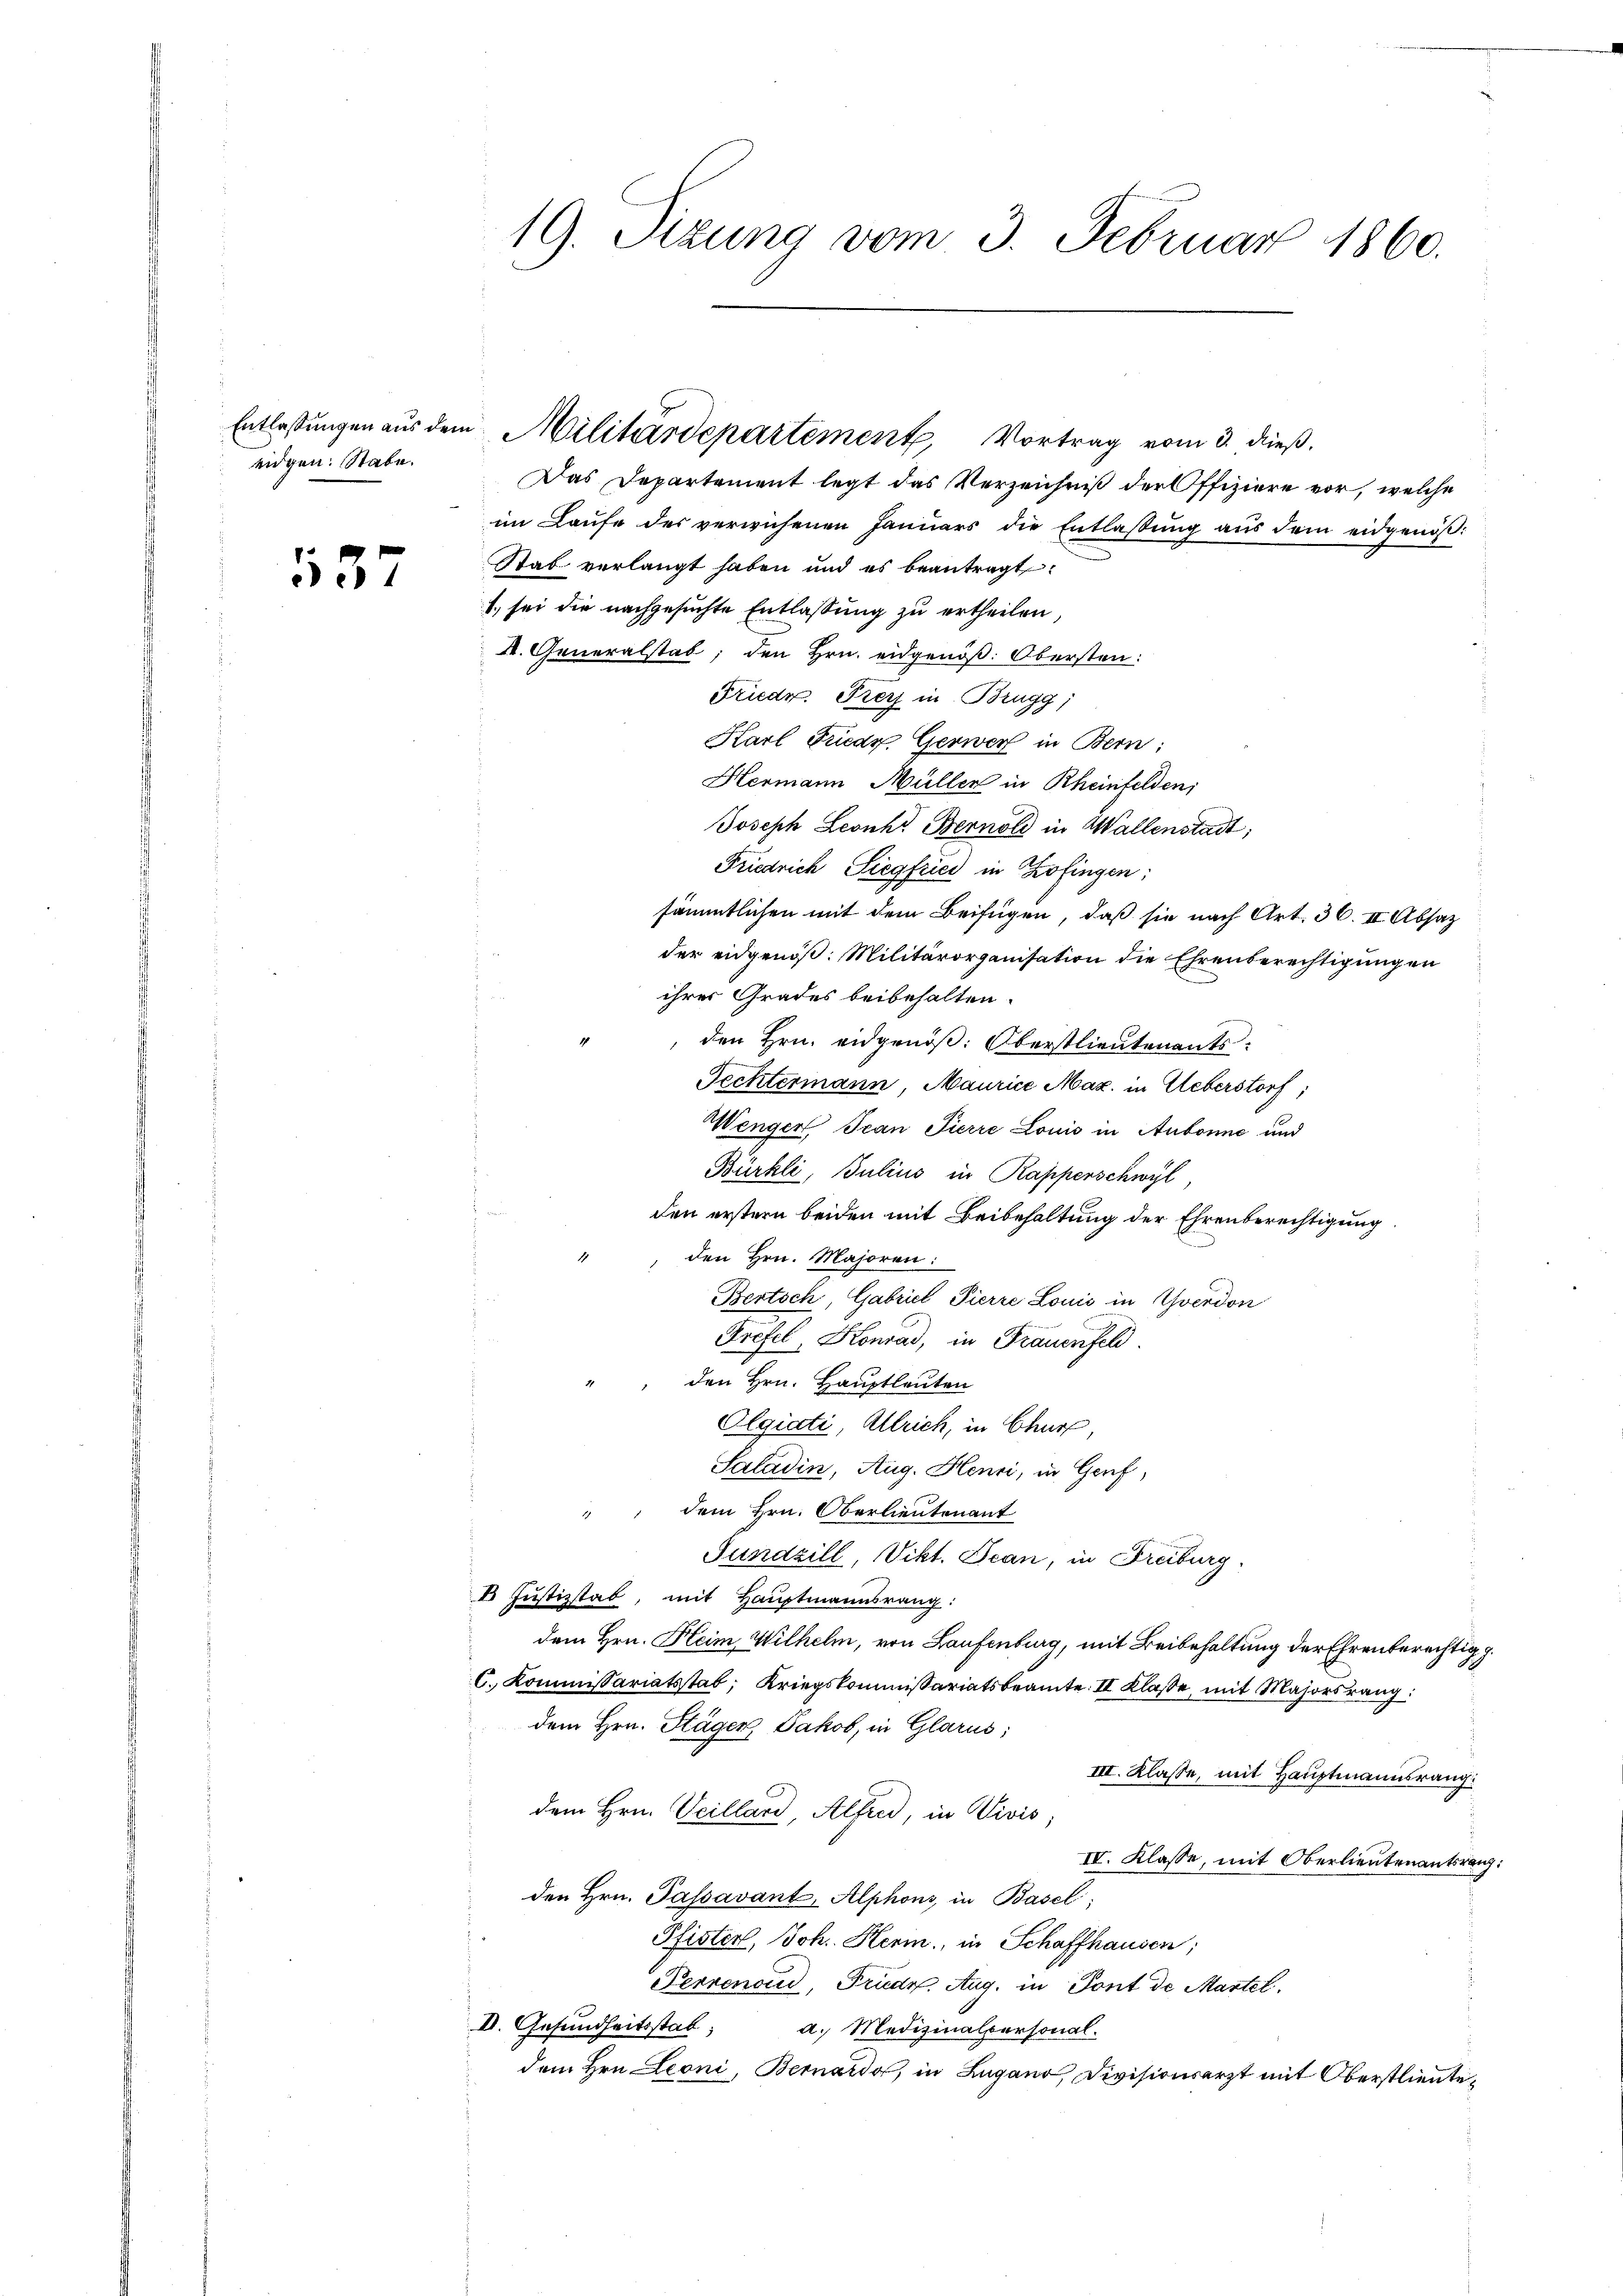
eidgen. Stabe.

55

19. Sizung vom 3. Februar 1860.

Das Departement legt das Verzeichniß der Offiziere vor, welche
im Laufe des verwichenen Januars die Entlaßung aus dem eidgenöß¬
Stab verlangt haben und es beantragt.
1) sei die nachgesuchte Entlassung zu ertheilen,
K. Generalstab; den Hrn. eidgenöß. Obersten:
Friedr. Frey in Brugg,
Harl Friedr. Gerwer in Bern;
Hermann Müller in Rheinfelden;
Joseph Leonh“ Bernold in Wallenstadt,
Friedrich Siegfried in Zofingen:
sämmtlichen mit dem Beifügen, daß sie nach Art. 36. II. Absatz
der eidgenöß. Militärorganisation die Ehrenberechtigungen
ihres Grades beibehalten.
1
den Hrn. eidgenöß: Oberstlieutenants:
Fechtermann, Maurice Maz. in Ueberstorf,
Wenger Jean Pierre Louis in Aubonne und
Bürkli, Julius in Rapperschwyl,
den erstern beiden mit Beibehaltung der Ehrenberechtigung
den Hrn. Majoren:
Bertsch, Gabriel Pierre Louis in Yverdon
Prefel, Konrad, in Frauenfeld.
den Hrn. Hauptleuten
Olgiati, Allrich, in Chur,
Saladin, Aug. Henri, in Genf,
" dem Hrn. Oberlieutenant
Fundzill, Vikt. Jean, in Freiburg.
d Justizstab, mit Hauptmannsrang:
dem Hrn. Heim Wilhelm, von Laufenburg, mit Beibehaltung der Ehrenberechtig g
C. Kommissariatsstab; Kriegskommissariatsbeamte II Klasse, mit Majorsrang
dem Hrn. Stägen Jakob, in Glarus;
III. Klasse, mit Hauptmannsrang.
dem Hrn. Veillard, Alfred, in Divis;
IV. Klasse, mit Oberlieutenantsrang:
den Hrn. Passavant Alphons in Basel;
Pfister, Joh. Herin, in Schaffhausen;
Perrenoud, Frudr. Aug. in Pont de Martel.
II. Gesundheitsstab a. Medizinalpersonal.
dem Hrn. Leoni, Bernardo, in Lugano, Divisionsarzt mit Oberstlieute¬

Entlassungen aus dem Militärdepartement Vortrag vom 3. dieß.